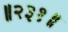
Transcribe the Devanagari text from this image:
॥२३१॥